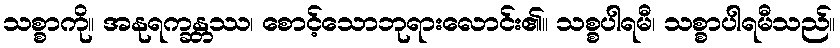
သစ္စာကို။ အနုရက္ခန္တဿ၊ စောင့်သောဘုရားလောင်း၏။ သစ္စပါရမီ၊ သစ္စာပါရမီသည်။